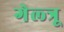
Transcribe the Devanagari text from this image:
गेल्त्रू